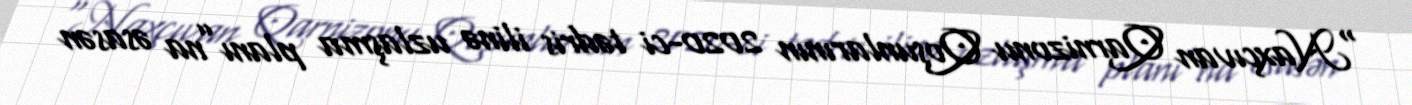
“Naxçıvan Qarnizonu Qoşunlarının 2020-ci tədris ilinə uzlaşma planı”na əsasən